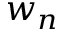
w _ { n }